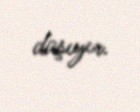
daşıyır.